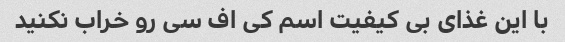
با این غذای بی کیفیت اسم کی اف سی رو خراب نکنید